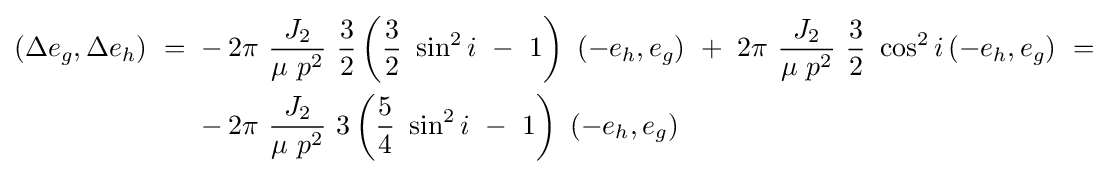
{\begin{aligned}\left(\Delta e_{g},\Delta e_{h}\right)\ =\ &-2\pi \ {\frac {J_{2}}{\mu \ p^{2}}}\ {\frac {3}{2}}\left({\frac {3}{2}}\ \sin ^{2}i\ -\ 1\right)\ (-e_{h},e_{g})\ +\ 2\pi \ {\frac {J_{2}}{\mu \ p^{2}}}\ {\frac {3}{2}}\ \cos ^{2}i\left(-e_{h},e_{g}\right)\ =\\&-2\pi \ {\frac {J_{2}}{\mu \ p^{2}}}\ 3\left({\frac {5}{4}}\ \sin ^{2}i\ -\ 1\right)\ \left(-e_{h},e_{g}\right)\end{aligned}}